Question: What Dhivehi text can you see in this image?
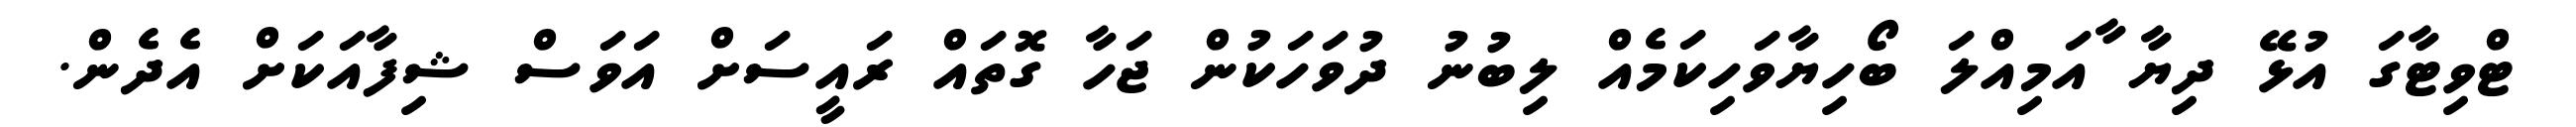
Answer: ޓްވިޓާގަ އުޅޭ ދިޔާ ާއަމިއްލަ ބޯހިޔާވަހިކަމެއް ލިބުނު ދުވަހަކުން ޖަހާ ގޮތައް ރައީސަށް އަވަސް ޝިފާއަކަށް އެދެން.